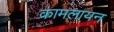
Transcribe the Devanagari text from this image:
कामलायन